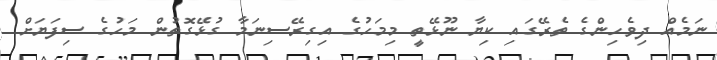
ނަމެއް ދިވެހިންގެ ތެރޭގައި ކިޔާ ނޫޅޭތީ މިމަހުގެ އިގިރޭސިނަމާ ގުޅޭގޮތުން މަހުގެ ސިފަޔަށް